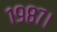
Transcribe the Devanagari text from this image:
१९८७।